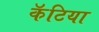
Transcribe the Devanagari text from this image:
कॅटिया